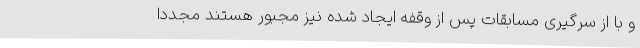
و با از سرگیری مسابقات پس از وقفه ایجاد شده نیز مجبور هستند مجددا